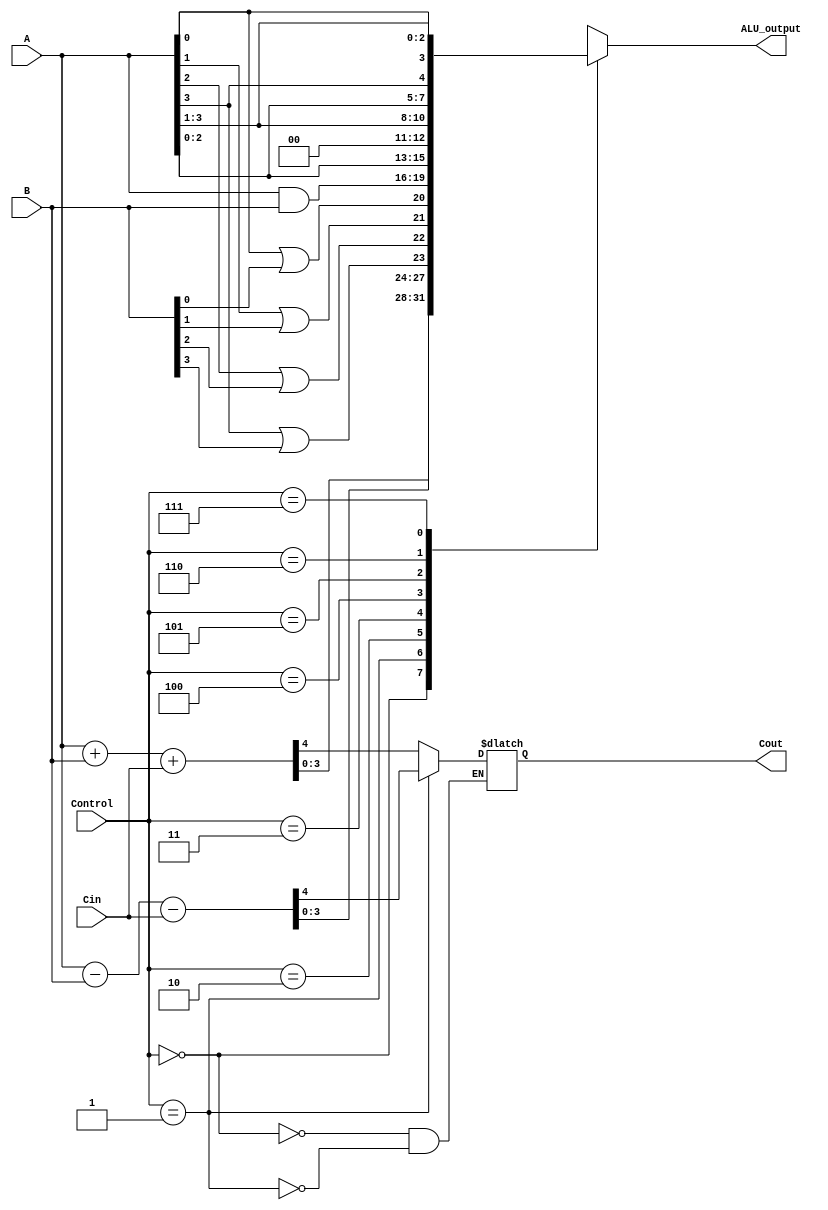
`timescale 1ns / 1ps

module ALU_4bit(A, B, Control, Cin, ALU_output, Cout);
input [3:0] A, B;
input [2:0] Control;
input Cin;
output wire [3:0] ALU_output;
output wire Cout;
wire [3:0] orvalue;
reg [3:0] r;
reg c;

always @(*) begin // * used for combinational logic

case(Control)
    3'b000: // Instruction: Add
        {c, r[3:0]} <= (A[3:0] + B[3:0] + Cin); // last bit out becomes carry, r gets sum of A and B
        
    3'b001: // Instruction: Subtract
        {c, r[3:0]} <= (A[3:0] - B[3:0] - Cin);
        
    3'b010: // Instruction: OR
        r <= orvalue; // result of gate level modelling after always block
                
    3'b011: // Instruction: AND
        r <= (A & B);
        
    3'b100: // Instruction: Shift Left
        r <= (A << 1);
        
    3'b101: // Instruction: Shift Right
        r <= (A >> 1);
        
    3'b110: // Instruction: ROL
        r <= {A[2:0], A[3]};
               
    3'b111: // Instruction: ROR
        r <= {A[0], A[3:1]};

endcase

end

or(orvalue[0], A[0], B[0]); // gate level modelling
or(orvalue[1], A[1], B[1]);
or(orvalue[2], A[2], B[2]);
or(orvalue[3], A[3], B[3]);

assign ALU_output = r;
assign Cout = c;

endmodule